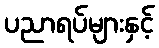
ပညာရပ်များနှင့်